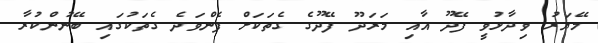
މޭޔަރު ވިދާޅުވީ ފޭދޫ އާއި މަރަދޫ ފޭދޫގެ ގެތަކަށް ފެންވަދެ ގެތަކުގައި ބޭނުންކުރާ